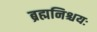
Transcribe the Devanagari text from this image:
ब्रह्मनिश्चयः